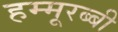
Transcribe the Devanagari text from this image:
हम्मूरब्बी